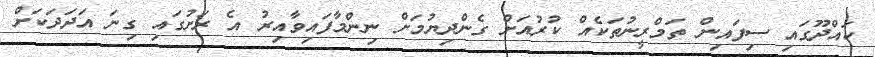
ކައްދޫގައި ސިފައިން ތަމްރީނުތަކެއް ކުރުއަށް ގެންދިޔުމަށް ނިންމާފައިވާއިރު އެ ރަށުގައި ގިނަ އަދަދަކަށް